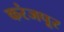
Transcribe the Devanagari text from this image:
करंजपूर